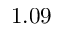
1 . 0 9